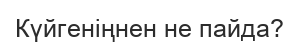
Күйгеніңнен не пайда?